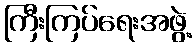
ကြီးကြပ်ရေးအဖွဲ့